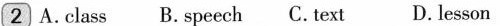
2 A.class B.speech C. text D. lesson